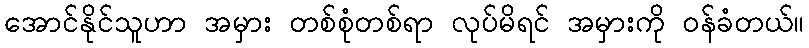
အောင်နိုင်သူဟာ အမှား တစ်စုံတစ်ရာ လုပ်မိရင် အမှားကို ဝန်ခံတယ်။